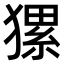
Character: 𤡂